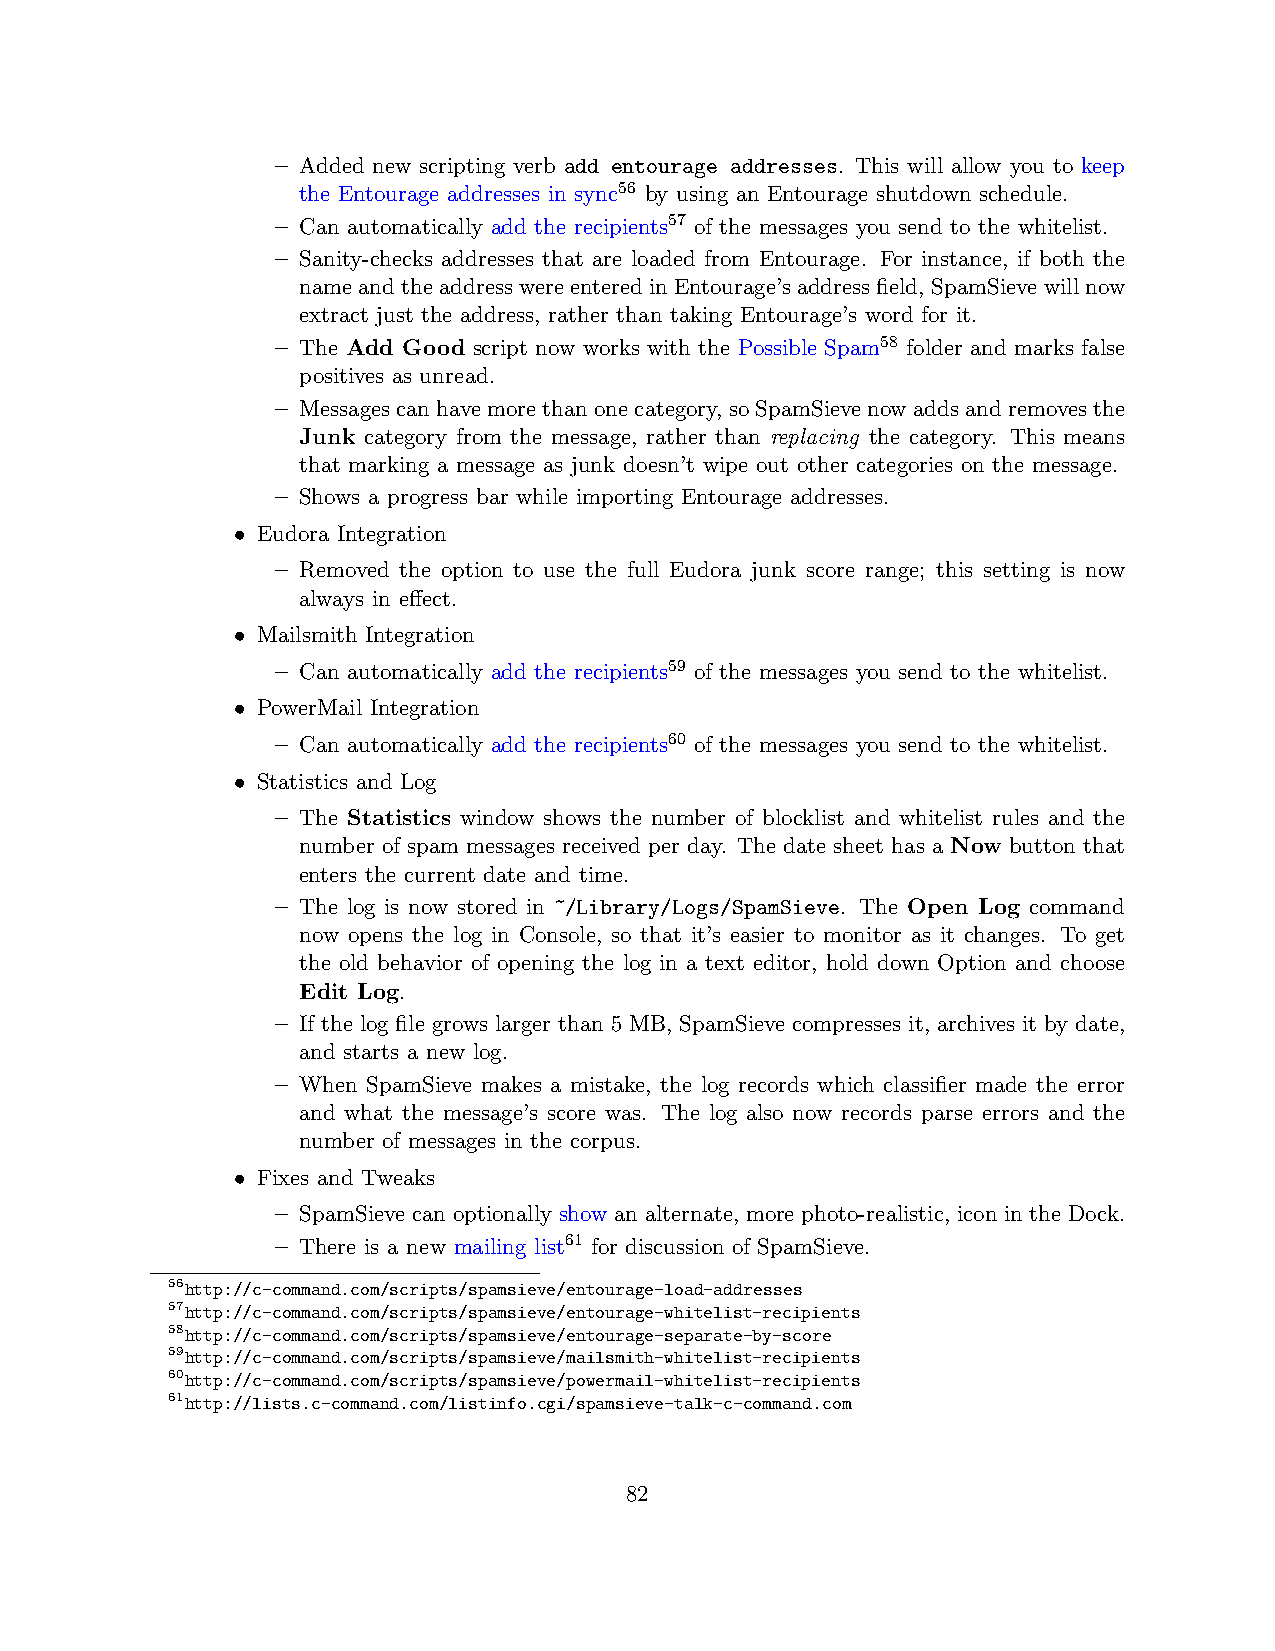
– Added new scripting verb add entourage addresses. This will allow you to keep
 the Entourage addresses in sync56 by using an Entourage shutdown schedule.
 – Can automatically add the recipients57 of the messages you send to the whitelist.
 – Sanity-checks addresses that are loaded from Entourage. For instance, if both the
 nameandtheaddresswereenteredinEntourage’saddressfield, SpamSievewillnow
 extract just the address, rather than taking Entourage’s word for it.
 – The Add Good script now works with the Possible Spam58 folder and marks false
 positives as unread.
 – Messagescanhavemorethanonecategory, soSpamSievenowaddsandremovesthe
 Junk category from the message, rather than replacing the category. This means
 that marking a message as junk doesn’t wipe out other categories on the message.
 – Shows a progress bar while importing Entourage addresses.
 • Eudora Integration
 – Removed the option to use the full Eudora junk score range; this setting is now
 always in effect.
 • Mailsmith Integration
 – Can automatically add the recipients59 of the messages you send to the whitelist.
 • PowerMail Integration
 – Can automatically add the recipients60 of the messages you send to the whitelist.
 • Statistics and Log
 – The Statistics window shows the number of blocklist and whitelist rules and the
 number of spam messages received per day. The date sheet has a Now button that
 enters the current date and time.
 – The log is now stored in ~/Library/Logs/SpamSieve. The Open Log command
 now opens the log in Console, so that it’s easier to monitor as it changes. To get
 the old behavior of opening the log in a text editor, hold down Option and choose
 Edit Log.
 – If the log file grows larger than 5 MB, SpamSieve compresses it, archives it by date,
 and starts a new log.
 – When SpamSieve makes a mistake, the log records which classifier made the error
 and what the message’s score was. The log also now records parse errors and the
 number of messages in the corpus.
 • Fixes and Tweaks
 – SpamSieve can optionally show an alternate, more photo-realistic, icon in the Dock.
 – There is a new mailing list61 for discussion of SpamSieve.
 56http://c-command.com/scripts/spamsieve/entourage-load-addresses
 57http://c-command.com/scripts/spamsieve/entourage-whitelist-recipients
 58http://c-command.com/scripts/spamsieve/entourage-separate-by-score
 59http://c-command.com/scripts/spamsieve/mailsmith-whitelist-recipients
 60http://c-command.com/scripts/spamsieve/powermail-whitelist-recipients
 61http://lists.c-command.com/listinfo.cgi/spamsieve-talk-c-command.com
 82